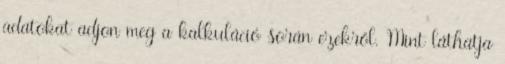
adatokat adjon meg a kalkuláció során ezekről. Mint láthatja